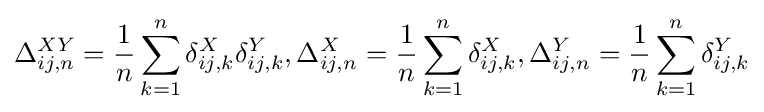
\Delta _{ij,n}^{XY}={\frac {1}{n}}\sum _{k=1}^{n}\delta _{ij,k}^{X}\delta _{ij,k}^{Y},\Delta _{ij,n}^{X}={\frac {1}{n}}\sum _{k=1}^{n}\delta _{ij,k}^{X},\Delta _{ij,n}^{Y}={\frac {1}{n}}\sum _{k=1}^{n}\delta _{ij,k}^{Y}